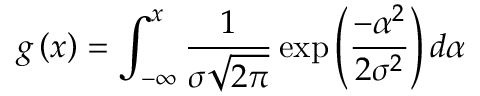
g \left( x \right) = \int _ { - \infty } ^ { x } \frac { 1 } { \sigma \sqrt { 2 \pi } } \exp \left( \frac { - \alpha ^ { 2 } } { 2 \sigma ^ { 2 } } \right) d \alpha